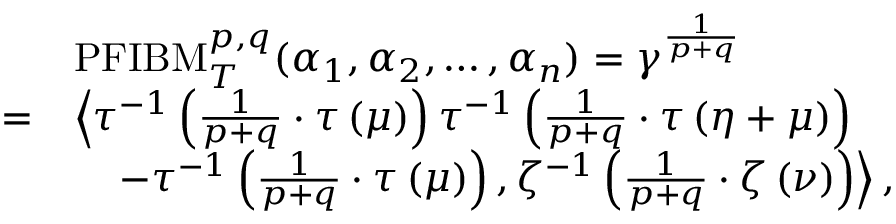
\begin{array} { r l } & { \mathrm { P F I B M } _ { T } ^ { p , q } ( \alpha _ { 1 } , \alpha _ { 2 } , \ldots , \alpha _ { n } ) = \gamma ^ { \frac { 1 } { p + q } } } \\ { = } & { \left\langle \tau ^ { - 1 } \left( \frac { 1 } { p + q } \cdot \tau \left( \mu \right) \right) \tau ^ { - 1 } \left( \frac { 1 } { p + q } \cdot \tau \left( \eta + \mu \right) \right) \right. } \\ & { \quad \left. - \tau ^ { - 1 } \left( \frac { 1 } { p + q } \cdot \tau \left( \mu \right) \right) , \zeta ^ { - 1 } \left( \frac { 1 } { p + q } \cdot \zeta \left( \nu \right) \right) \right\rangle , } \end{array}